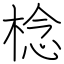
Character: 棯